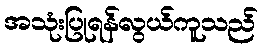
အသုံးပြုရန်လွယ်ကူသည်